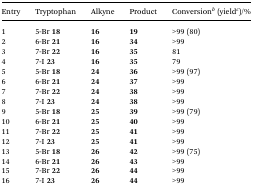
| Entry | Tryptophan | Alkyne | Product | Conversionb (yieldc)/% |
 | --- | --- | --- | --- | --- |
 | 1 | 5-Br 18 | 16 | 19 | >99 (80) |
 | 2 | 6-Br 21 | 16 | 34 | >99 |
 | 3 | 7-Br 22 | 16 | 35 | 81 |
 | 4 | 7-I 23 | 16 | 35 | 79 |
 | 5 | 5-Br 18 | 24 | 36 | >99 (97) |
 | 6 | 6-Br 21 | 24 | 37 | >99 |
 | 7 | 7-Br 22 | 24 | 38 | >99 |
 | 8 | 7-I 23 | 24 | 38 | >99 |
 | 9 | 5-Br 18 | 25 | 39 | >99 (79) |
 | 10 | 6-Br 21 | 25 | 40 | >99 |
 | 11 | 7-Br 22 | 25 | 41 | >99 |
 | 12 | 7-I 23 | 25 | 41 | >99 |
 | 13 | 5-Br 18 | 26 | 42 | >99 (75) |
 | 14 | 6-Br 21 | 26 | 43 | >99 |
 | 15 | 7-Br 22 | 26 | 44 | >99 |
 | 16 | 7-I 23 | 26 | 44 | >99 |